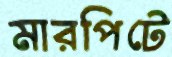
মারপিটে